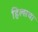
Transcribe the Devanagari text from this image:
हिल्सचा